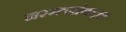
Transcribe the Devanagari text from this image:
नररत्नांबद्दल